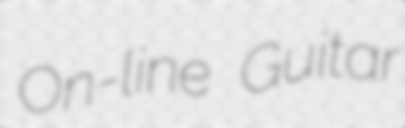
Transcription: On-line Guitar